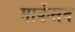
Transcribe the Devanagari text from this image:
मार्केसन